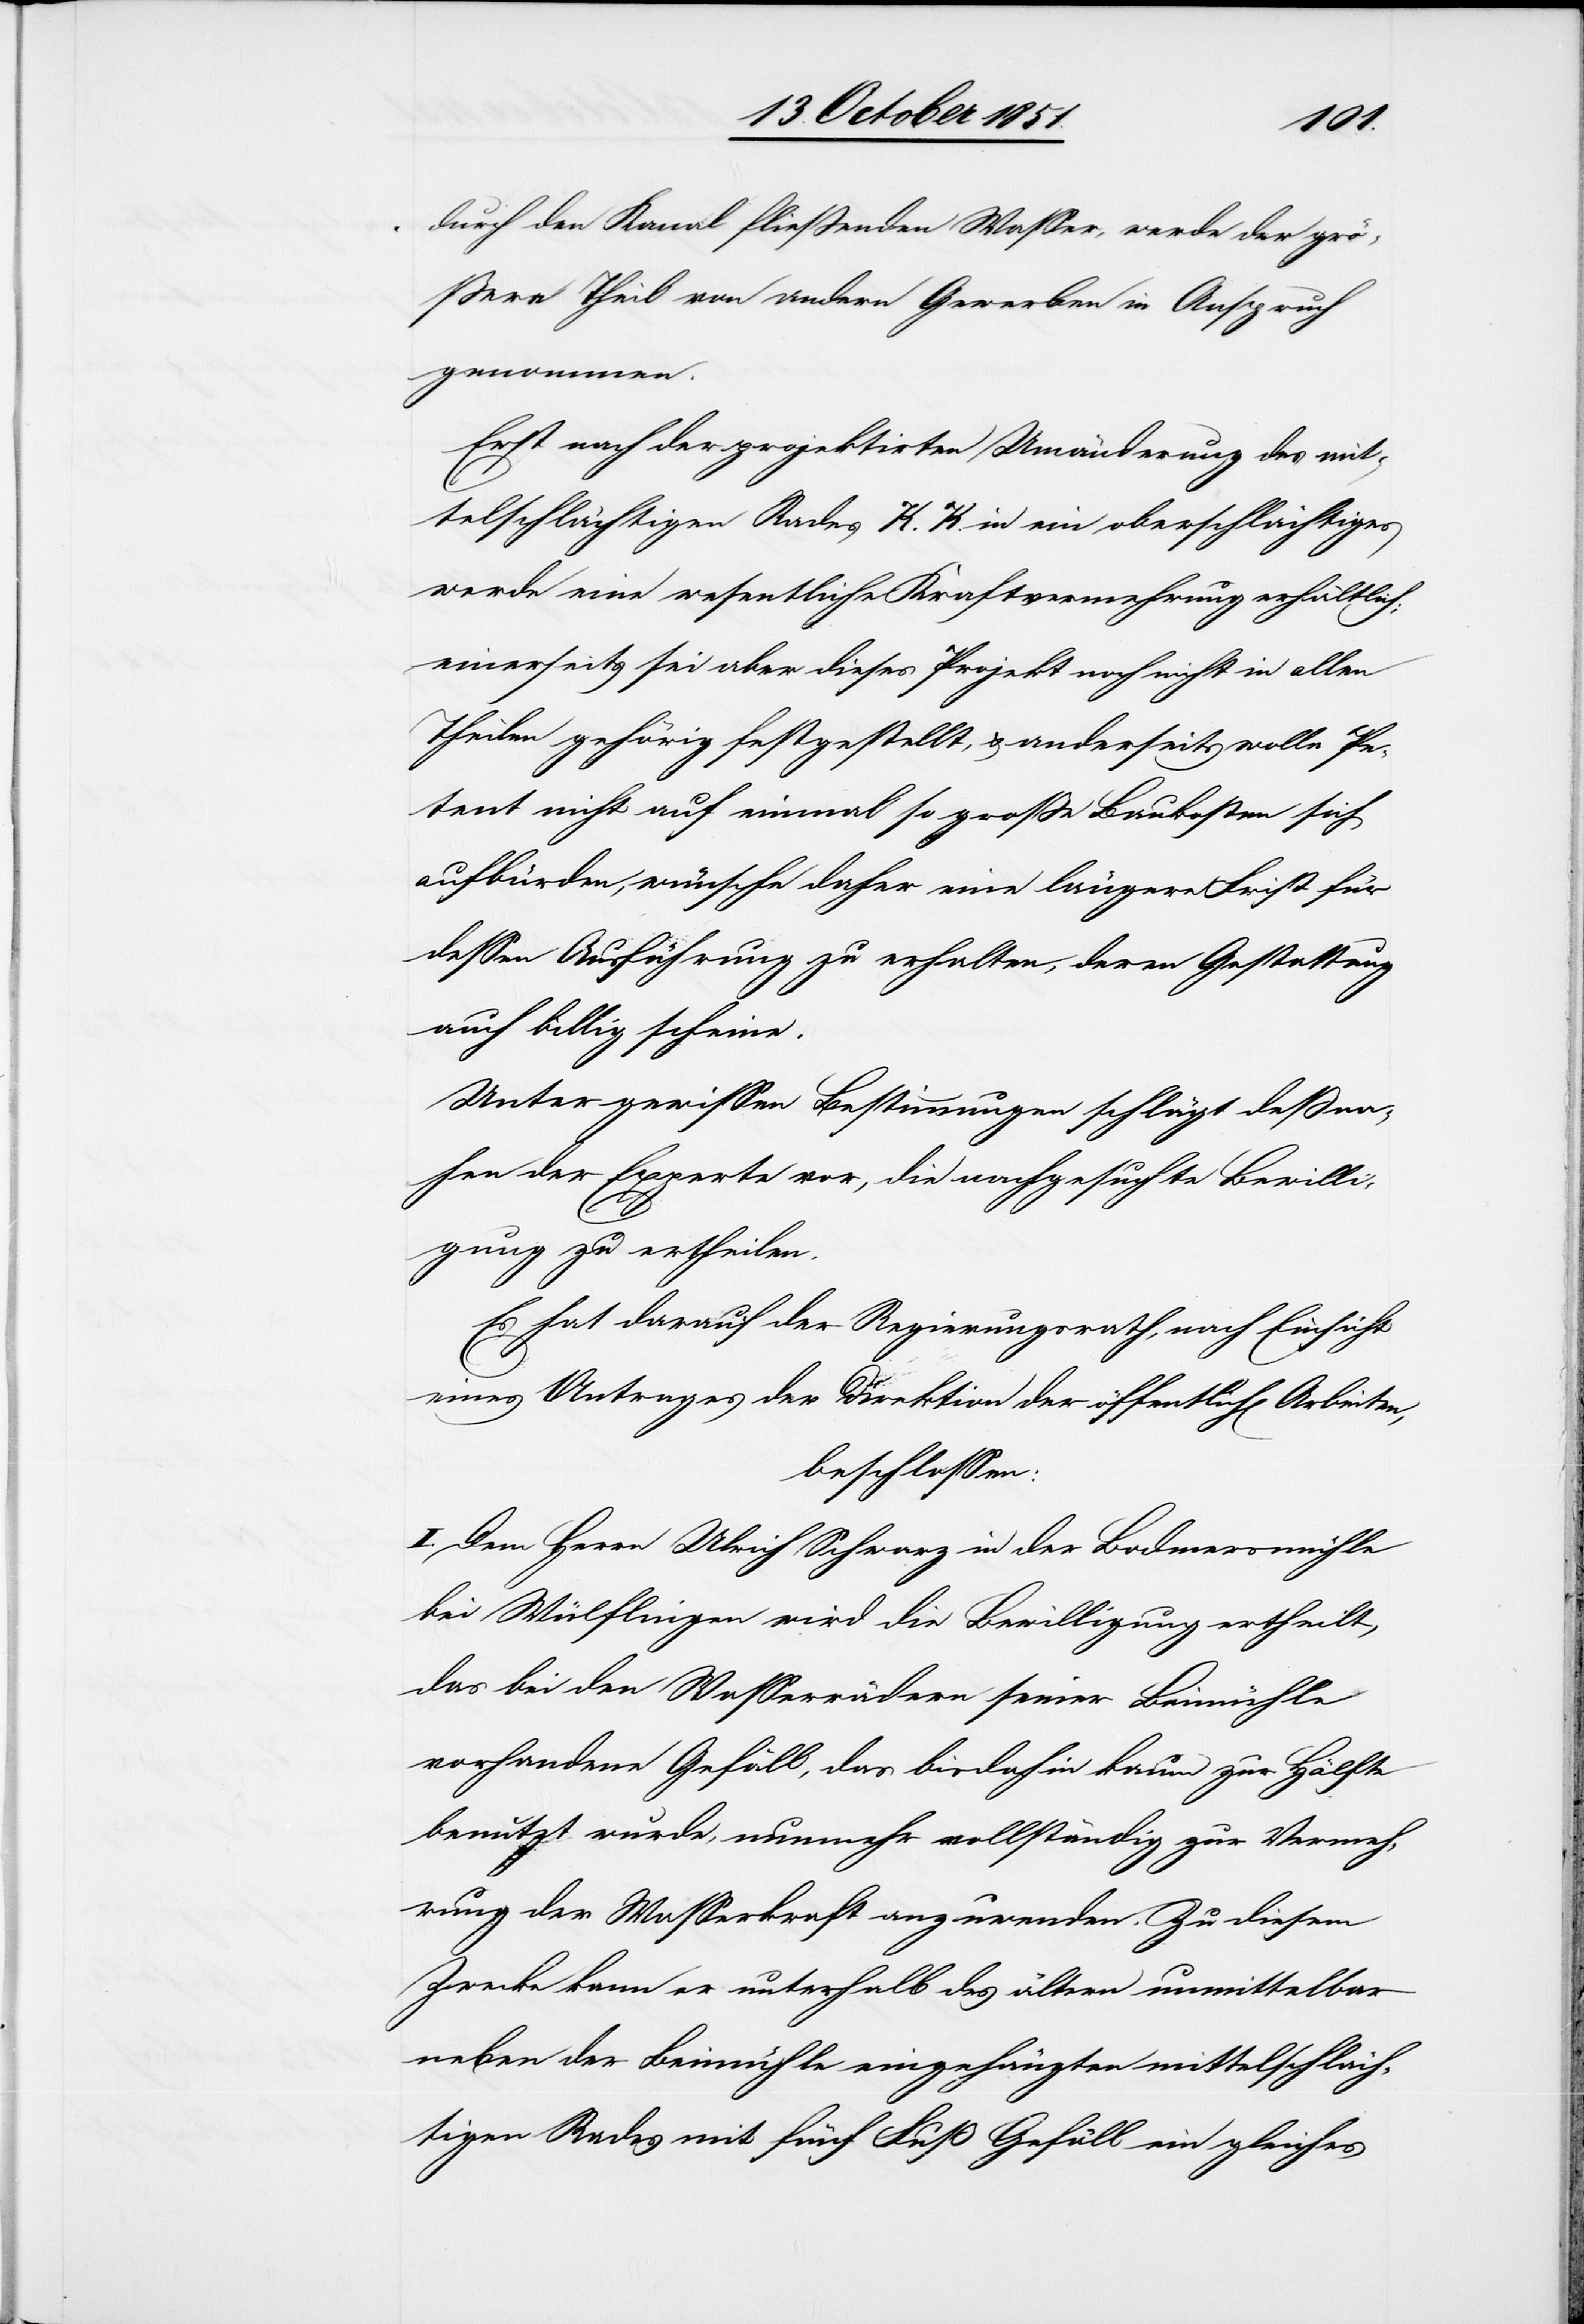
durch den Kanal fließenden Wasser, werde der grö¬
ßere Theil von andern Gewerben in Anspruch
genommen.
Erst nach der projektirten Umänderung des mit¬
telschlächtigen Rades K. K. in ein oberschlächtiges
werde eine wesentliche Kraftvermehrung erhältlich;
einerseits sei aber dieses Projekt noch nicht in allen
Theilen gehörig festgestellt, & anderseits wolle Pe¬
tent nicht auf einmal so große Baukosten sich
aufbürden, wünsche daher eine längere Frist für
dessen Ausführung zu erhalten, deren Gestattung
auch billig scheine.
Unter gewissen Bestimmungen schlägt deßna¬
hen der Experte vor, die nachgesuchte Bewilli¬
gung zu ertheilen.
Es hat darauf der Regierungsrath, nach Einsicht
eines Antrages der Direktion der öffentlich[en] Arbeiten,
beschlossen:
I. Dem Herrn Ulrich Schwarz in der Bodmersmühle
bei Wülflingen wird die Bewilligung ertheilt,
das bei den Wasserrädern seiner Beimühle
vorhandene Gefäll, das bisdahin kaum zur Hälfte
benutzt wurde, nunmehr vollständig zur Vermeh¬
rung der Wasserkraft anzuwenden. Zu diesem
Zwecke kann er unterhalb des ältern unmittelbar
neben der Beimühle eingehängten mittelschläch¬
tigen Rades mit fünf Fuß Gefäll ein gleiches